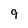
Character: 9